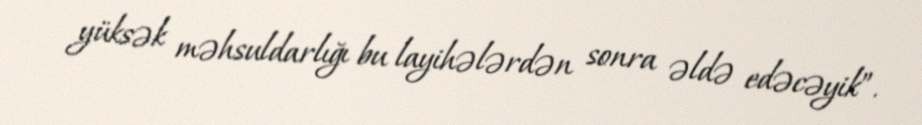
yüksək məhsuldarlığı bu layihələrdən sonra əldə edəcəyik”.